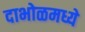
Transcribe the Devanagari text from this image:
दाभोळमध्ये